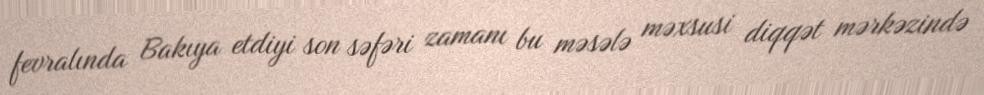
fevralında Bakıya etdiyi son səfəri zamanı bu məsələ məxsusi diqqət mərkəzində